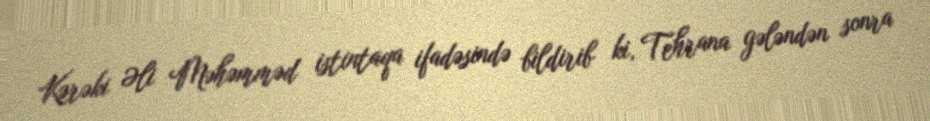
Kərəki Əli Məhəmməd istintaqa ifadəsində bildirib ki, Tehrana gələndən sonra